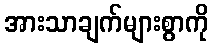
အားသာချက်များစွာကို